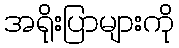
အရိုးပြာများကို